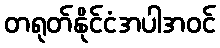
တရုတ်နိုင်ငံအပါအဝင်